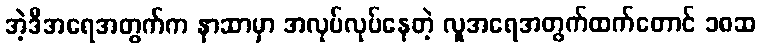
အဲ့ဒီအရေအတွက်က နာဆာမှာ အလုပ်လုပ်နေတဲ့ လူအရေအတွက်ထက်တောင် ၁၈ဆ